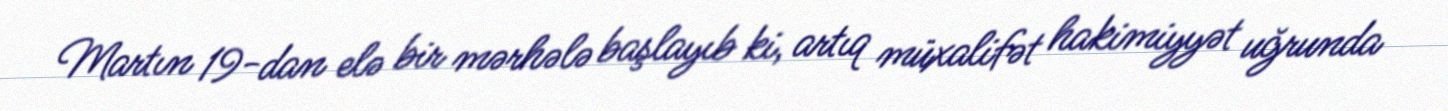
Martın 19-dan elə bir mərhələ başlayıb ki, artıq müxalifət hakimiyyət uğrunda